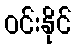
ဝင်းနိုင်